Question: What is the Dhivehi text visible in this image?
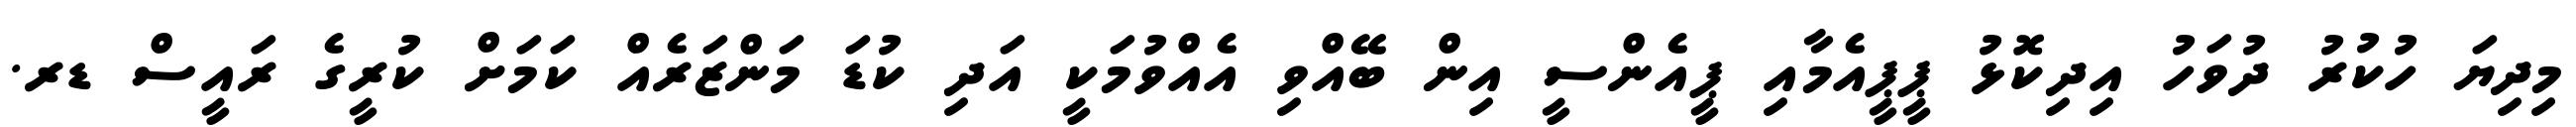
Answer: މިދިޔަ ހުކުރު ދުވަހު އިދިކޮޅު ޕީޕީއެމާއި ޕީއެންސީ އިން ބޭއްވި އެއްވުމަކީ އަދި ކުޑަ މަންޒަރެއް ކަމަށް ކުރީގެ ރައީސް ޑރ.